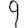
Digit: 9